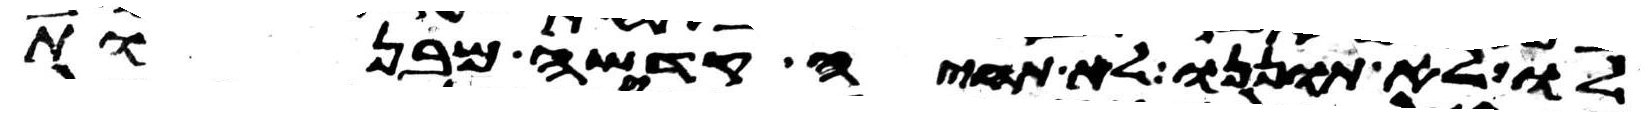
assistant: לו לא תוננו לא תחיה קדשה מבנות